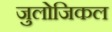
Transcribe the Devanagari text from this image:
जुलोजिकल